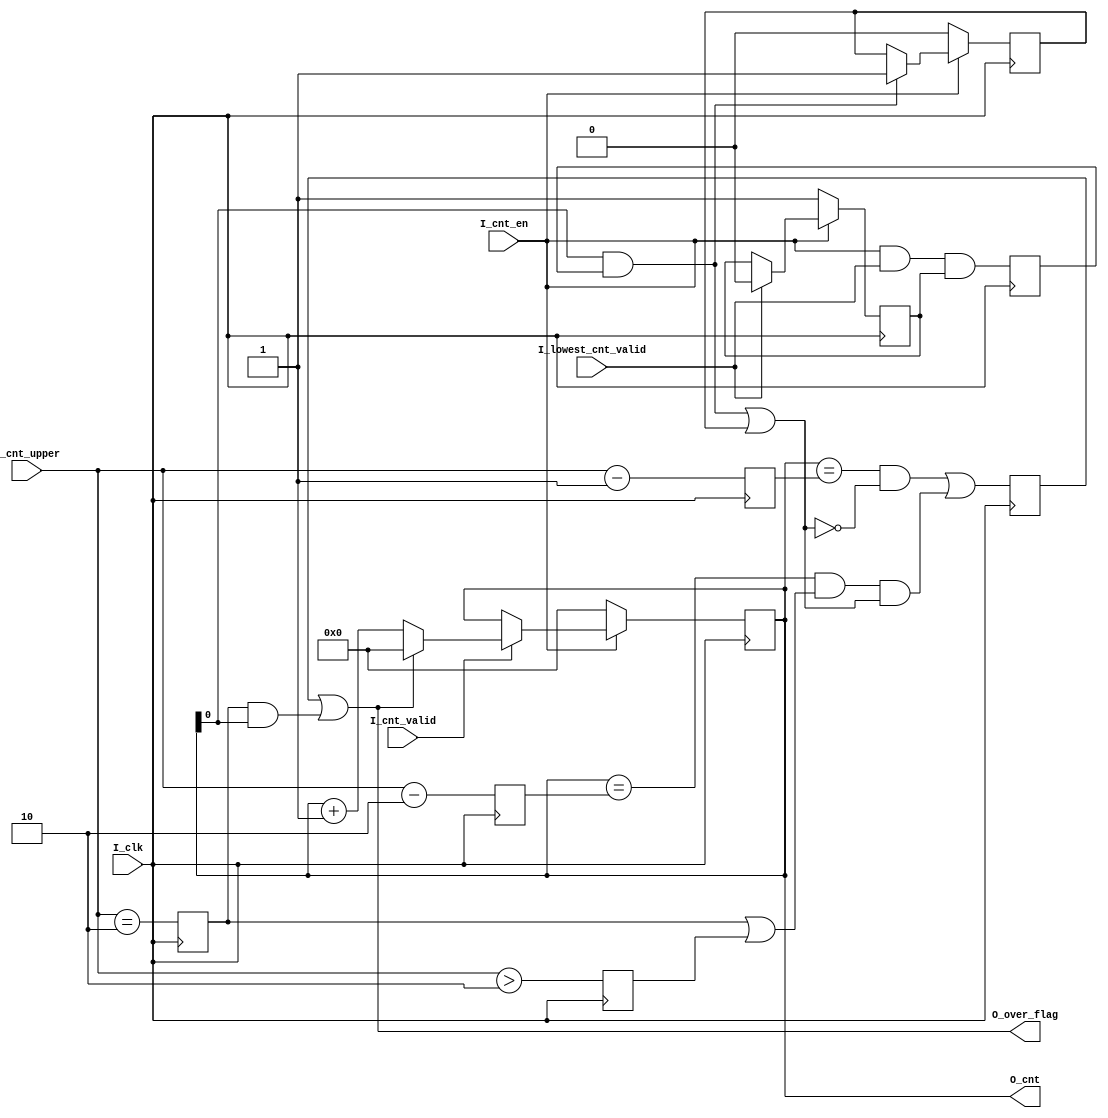
//FILE_HEADER---------------------------------------------------------------------------------------
//ZTE  Copyright (C)
//ZTE Company Confidential
//--------------------------------------------------------------------------------------------------
//Project Name : cnna
//Department   : Technical Planning Department/System Products/ZTE
//--------------------------------------------------------------------------------------------------
//Module Hiberarchy :
//        |--U01_cm_cnt
//        |--U02_axim_wddr
// cnna --|--U03_axis_reg
//        |--U04_main_process
//--------------------------------------------------------------------------------------------------
//Relaese History :
//--------------------------------------------------------------------------------------------------
//Version         Date           Author        Description
// 1.1           july-30-2019                    
//--------------------------------------------------------------------------------------------------
//Main Function:
//a)Get the data from ddr chip using axi master bus
//b)Write it to the ibuf ram
//--------------------------------------------------------------------------------------------------
//REUSE ISSUES: none
//Reset Strategy: synchronization 
//Clock Strategy: none 
//Critical Timing: none 
//Asynchronous Interface: none 
//END_HEADER----------------------------------------------------------------------------------------
module cm_cnt #(
parameter 
    C_WIDTH         = 8     
)(
input                                   I_clk               ,
input                                   I_cnt_en            ,
input                                   I_lowest_cnt_valid  ,
input                                   I_cnt_valid         ,
input       [               C_WIDTH-1:0]I_cnt_upper         ,
output                                  O_over_flag         ,
output reg  [               C_WIDTH-1:0]O_cnt         
);

reg                 S_vflag                     ;
reg                 S_first_pose                ;
wire                S_cnt_b0                    ;
reg                 S_type_lck                  ;
wire                S_upper_case1               ;
wire                S_upper_case2               ;
wire                S_upper_case3               ;
wire                S_cnt_turn_every_clk        ;
reg                 S_upper_equal2              ;
reg                 S_upper_more2               ;
reg  [C_WIDTH-1:0]  S_cnt_upper_sub2            ;
reg  [C_WIDTH-1:0]  S_cnt_upper_sub1            ;
reg                 S_over_flag                 ;

////////////////////////////////////////////////////////////////////////////////////////////////////
//    __    __    __    __    __    __    __    __    __    __    __    __    __    __    __    __
// __|  |__|  |__|  |__|  |__|  |__|  |__|  |__|  |__|  |__|  |__|  |__|  |__|  |__|  |__|  |__|  
//                ___________________________________                                
//cnt_en ________|                                   |_________________________________
//                      _________________        ____
//lowest_cnt_valid_____|                 |______|    |_________________________________
//        ___________________                               ___________________________
//vflag                      |_____________________________|
//                            _____
//first_pose_________________|     |___________________________________________________
//                            _____      ____________
//O_cnt[0] __________________|     |____|            |_________________________________
//         ____________________________________________________________________________
//O_cnt    ___0__|__0__|__0__|__1__|_2__|_ 3___3___3_|_ 4__|__0________________________
//
//                            _____________________________
//cnt_turn_every_clk_________|                             |___________________________
//   
////////////////////////////////////////////////////////////////////////////////////////////////////

always @(posedge I_clk)begin
    S_first_pose <= I_cnt_en && I_lowest_cnt_valid && S_vflag;
end
always @(posedge I_clk)begin
    if(I_cnt_en)begin
        if(I_lowest_cnt_valid)begin
            S_vflag <= 1'b0;
        end
        else begin
            S_vflag <= S_vflag; 
        end
    end
    else begin
            S_vflag <= 1'b1;
    end
end

assign S_cnt_b0 = O_cnt[0];

always @(posedge I_clk)begin
    if(I_cnt_en)begin
        if( O_cnt[0] && S_first_pose)begin
            S_type_lck <= 1'b1          ;
        end
        else begin
            S_type_lck <= S_type_lck    ;
        end
    end
    else begin
        S_type_lck  <= 1'b0; 
    end
end

assign S_cnt_turn_every_clk = (O_cnt[0] && S_first_pose) || S_type_lck ;///not active in I_cnt_upper==2

always @(posedge I_clk)begin
    S_upper_equal2   <= (I_cnt_upper == {{(C_WIDTH-2){1'b0}},2'b10});
    S_upper_more2    <= (I_cnt_upper >  {{(C_WIDTH-2){1'b0}},2'b10});
    S_cnt_upper_sub2 <= (I_cnt_upper -  {{(C_WIDTH-2){1'b0}},2'b10});
    S_cnt_upper_sub1 <= (I_cnt_upper -  {{(C_WIDTH-2){1'b0}},2'b01});
end

assign S_upper_case1  = (O_cnt == S_cnt_upper_sub1) && (!S_cnt_turn_every_clk); 
assign S_upper_case2  = (O_cnt == S_cnt_upper_sub2) && (S_upper_equal2 || S_upper_more2) && S_cnt_turn_every_clk; 

always @(posedge I_clk)begin
    S_over_flag <= S_upper_case1 || S_upper_case2; 
end

assign O_over_flag = S_over_flag || (S_upper_equal2 && (O_cnt[0] == 1'b1));

always @(posedge I_clk)begin
    if(I_cnt_en)begin
        if(I_cnt_valid)begin
            if(O_over_flag)begin
                O_cnt <= {(C_WIDTH){1'b0}};
            end
            else begin
                O_cnt <= O_cnt + {{(C_WIDTH-1){1'b0}},1'b1}; 
            end
        end
        else begin
            O_cnt <= O_cnt          ; 
        end
    end
    else begin
        O_cnt <= {(C_WIDTH){1'b0}};
    end
end

////////////////////////////////////////////////////////////////////////////////////////////////////
// Naming specification                                                                         
////////////////////////////////////////////////////////////////////////////////////////////////////

////////////////////////////////////////////////////////////////////////////////////////////////////
//    __    __    __    __    __    __    __    __    __    __    __    __    __    __    __    __
// __|  |__|  |__|  |__|  |__|  |__|  |__|  |__|  |__|  |__|  |__|  |__|  |__|  |__|  |__|  |__|  
//                                                                                                
//                                                                                                
////////////////////////////////////////////////////////////////////////////////////////////////////

////////////////////////////////////////////////////////////////////////////////////////////////////
// instance                                                                                                
////////////////////////////////////////////////////////////////////////////////////////////////////

endmodule